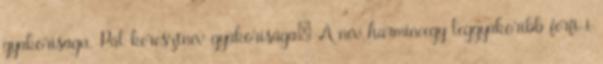
gyakoriságú. Pál keresztnév gyakorisága: A név harmincegy leggyakoribb férfi-i